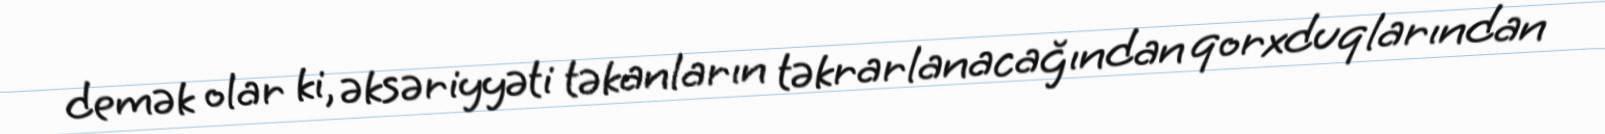
demək olar ki, əksəriyyəti təkanların təkrarlanacağından qorxduqlarından